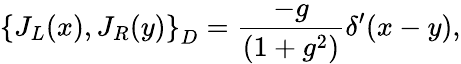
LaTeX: \left\{ J_{L}(x),J_{R}(y)\right\} _{D}=\frac{-g}{(1+g^{2})}\delta^{\prime}(x-y),